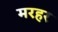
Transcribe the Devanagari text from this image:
मरहर